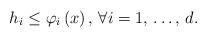
LaTeX: \begin{align*}h_{i}\le \varphi_{i}\left( x \right),\thinspace \forall i=1,\thinspace \mathellipsis ,\thinspace d.\end{align*}